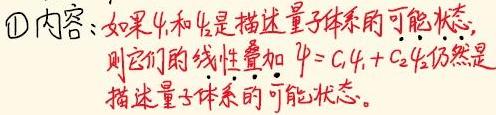
$\textcircled{1}$内容：如果$\psi_1$和$\psi_2$是描述量子体系的可能状态，则它们的线性叠加$\psi = C_1\psi_1 + C_2\psi_2$仍然是描述量子体系的可能状态。